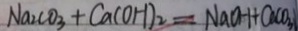
N a _ { 2 } C O _ { 3 } + C a ( O H ) _ { 2 } = N a O H + C a C O _ { 3 }